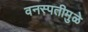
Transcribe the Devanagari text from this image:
वनस्पतीमुळे